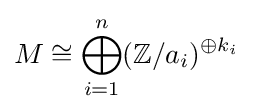
M\cong \bigoplus _{i=1}^{n}(\mathbb {Z} /a_{i})^{\oplus k_{i}}